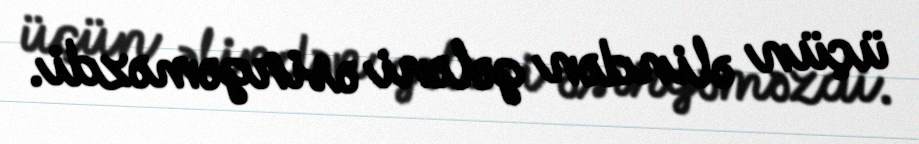
üçün əlindən gələni əsirgəməzdi.